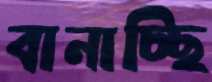
বানাচ্ছি